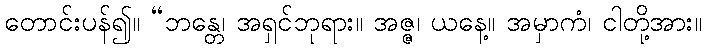
တောင်းပန်၍။ “ဘန္တေ၊ အရှင်ဘုရား။ အဇ္ဇ၊ ယနေ့။ အမှာကံ၊ ငါတို့အား။